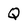
Character: Q